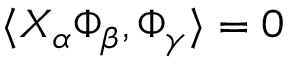
\langle X _ { \alpha } \Phi _ { \beta } , \Phi _ { \gamma } \rangle = 0